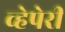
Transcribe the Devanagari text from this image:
व्हेपेरी